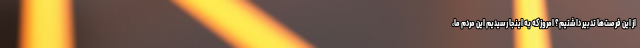
از این فرصت‌ها تدبیر داشتیم؟ امروز که به اینجا رسیدیم این مردم ما،